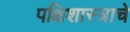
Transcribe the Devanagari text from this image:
पक्षिशास्त्राचे